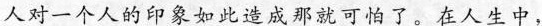
人对一个人的印象如此造成那就可怕了。在人生中，